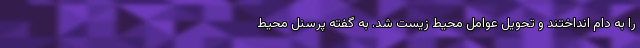
را به دام انداختند و تحویل عوامل محیط زیست شد. به گفته پرسنل محیط